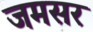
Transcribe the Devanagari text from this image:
जमसर